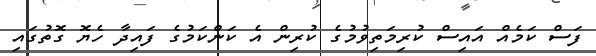
ފަސް ކަމެއް އައިސް ކުރިމަތިވުމުގެ ކުރިން އެ ކަންކަމުގެ ފައިދާ ހެޔޮ ގޮތުގައި